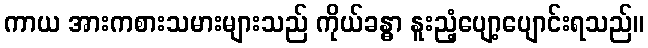
ကာယ အားကစားသမားများသည် ကိုယ်ခန္ဓာ နူးညံ့ပျော့ပျောင်းရသည်။